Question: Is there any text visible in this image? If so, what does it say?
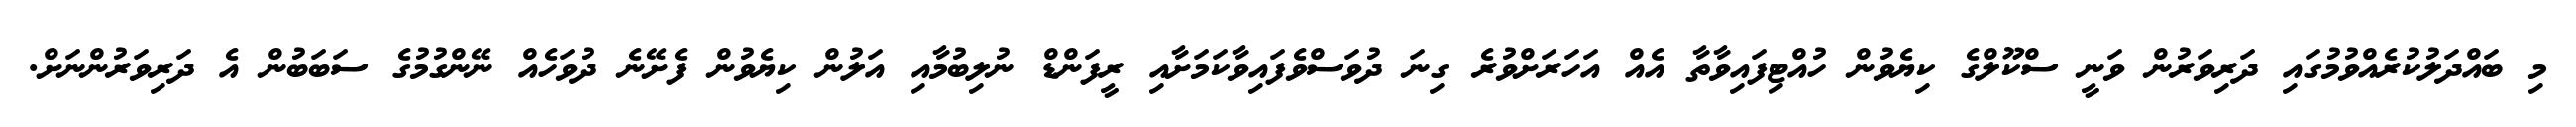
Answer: މި ބައްދަލުކުރެއްވުމުގައި ދަރިވަރުން ވަނީ ސްކޫލްގެ ކިޔެވުން ހުއްޓިފައިވާތާ އެއް އަހަރަށްވުރެ ގިނަ ދުވަސްވެފައިވާކަމަށާއި ރީފަންޑް ނުލިބުމާއި އަލުން ކިޔެވުން ފެށޭނެ ދުވަހެއް ނޭންގުމުގެ ސަބަބުން އެ ދަރިވަރުންނަށް.